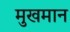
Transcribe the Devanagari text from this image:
मुखमान